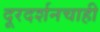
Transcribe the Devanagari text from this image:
दूरदर्शनचाही